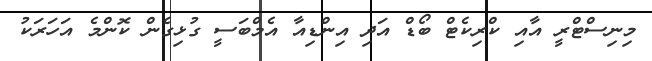
މިނިސްޓްރީ އާއި ކްރިކެޓް ބޯޑް އަދި އިންޑިއާ އެމްބަސީ ގުޅިގެން ކޮންމެ އަހަރަކު